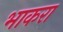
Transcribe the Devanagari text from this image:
भाकरा